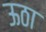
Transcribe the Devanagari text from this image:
ऊठा